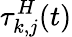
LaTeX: \tau_{k,j}^{H}(t)